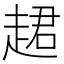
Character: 䞫